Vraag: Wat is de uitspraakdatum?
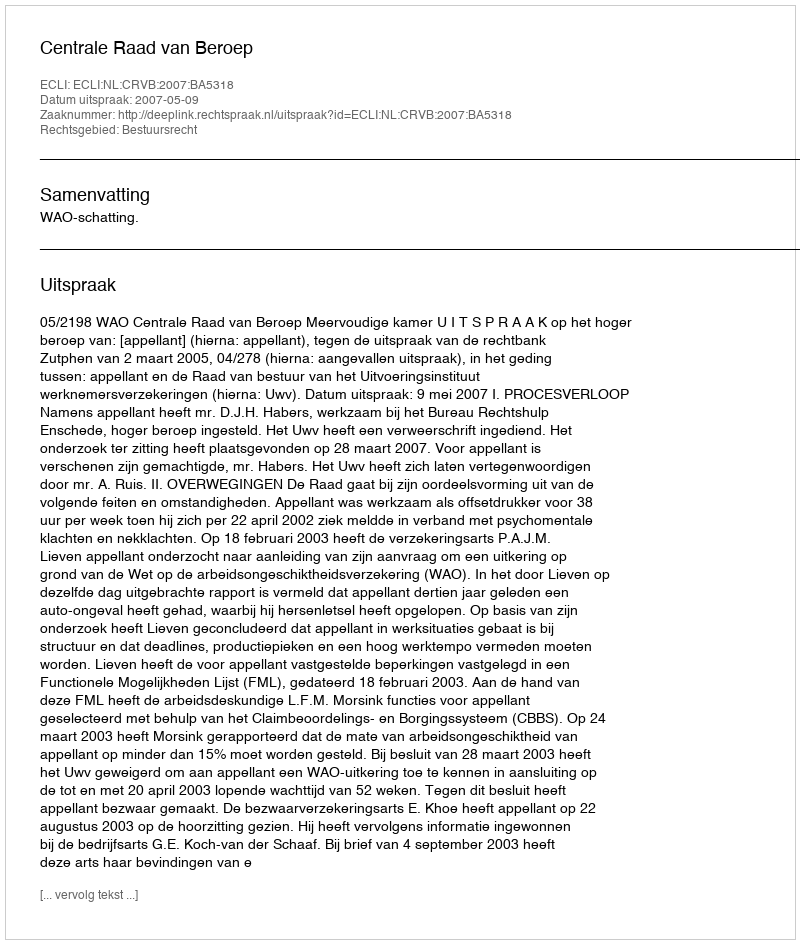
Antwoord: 2007-05-09